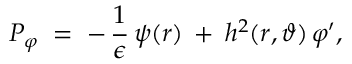
P _ { \varphi } \; = \; - \, \frac { 1 } { \epsilon } \, \psi ( r ) \: + \: h ^ { 2 } ( r , \vartheta ) \, \varphi ^ { \prime } ,